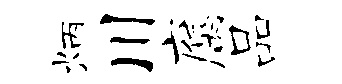
炳川腐品